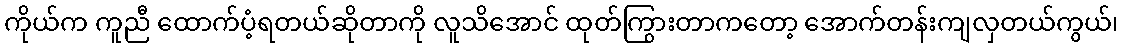
ကိုယ်က ကူညီ ထောက်ပံ့ရတယ်ဆိုတာကို လူသိအောင် ထုတ်ကြွားတာကတော့ အောက်တန်းကျလှတယ်ကွယ်၊